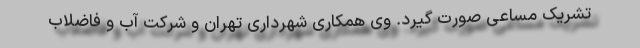
تشریک مساعی صورت گیرد. وی همکاری شهرداری تهران و شرکت آب و فاضلاب